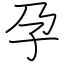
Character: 孕